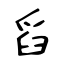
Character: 舀